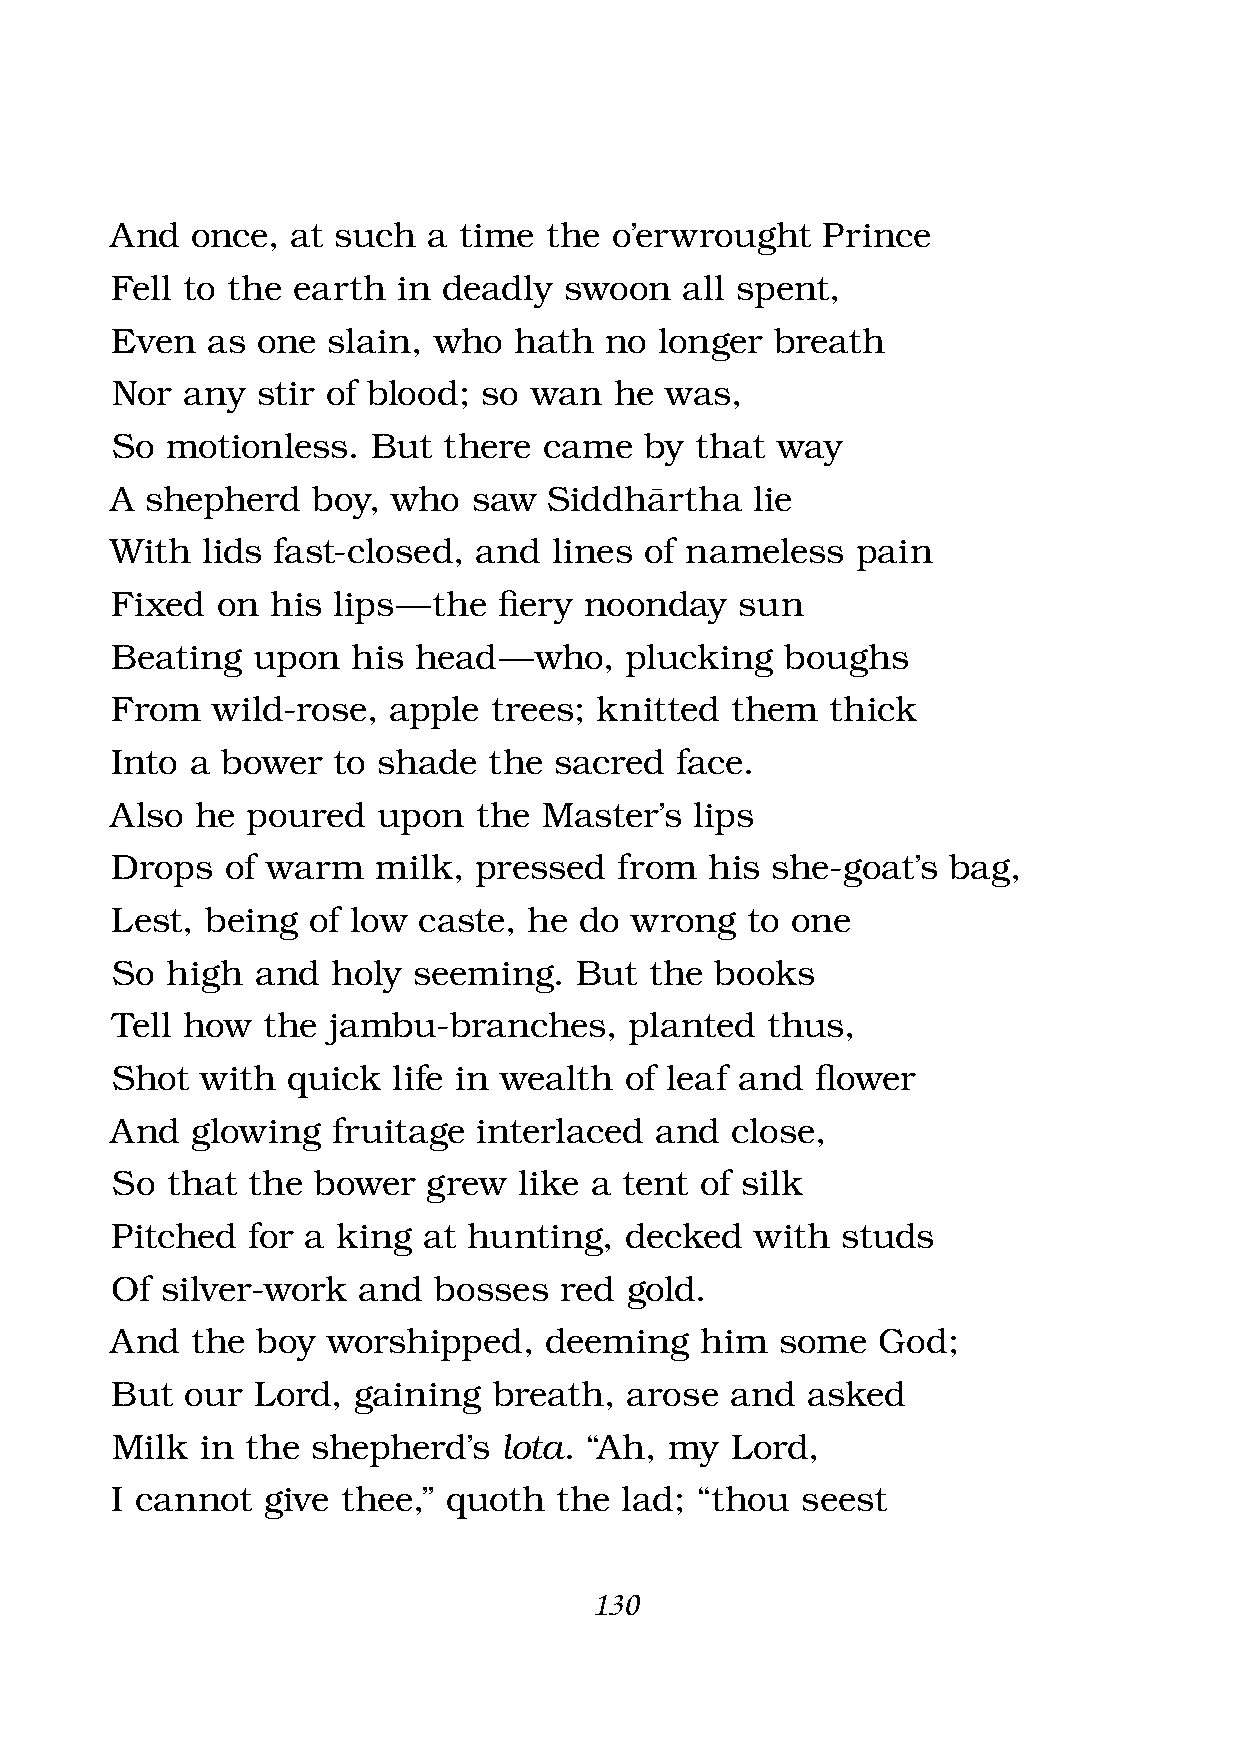
And   once, at such  a time  the o’erwrought   Prince
 Fell to the earth  in deadly  swoon   all spent,
 Even   as one  slain, who  hath  no  longer breath
 Nor  any  stir of blood; so wan   he was,
 So  motionless.   But there  came   by that way
 A  shepherd   boy, who  saw  Siddhàrtha    lie
 With  lids fast-closed, and   lines of nameless   pain
 Fixed  on  his lips — the fi ery noonday  sun
 Beating   upon  his head  — who,  plucking   boughs
 From   wild-rose,  apple trees;  knitted them   thick
 Into  a bower  to shade  the  sacred  face.
 Also  he poured   upon  the  Master’s  lips
 Drops   of warm   milk, pressed   from  his she-goat’s  bag,
 Lest,  being of low  caste, he do  wrong  to one
 So  high  and  holy seeming.   But  the books
 Tell how  the  jambu-branches,     planted  thus,
 Shot  with  quick  life in wealth of leaf and  fl ower
 And   glowing  fruitage  interlaced and  close,
 So  that the  bower  grew  like a tent of silk
 Pitched  for a king  at hunting,  decked   with  studs
 Of  silver-work  and  bosses  red gold.
 And   the boy  worshipped,   deeming   him   some  God;
 But  our  Lord, gaining   breath, arose  and  asked
 Milk  in the  shepherd’s  lota. “Ah, my  Lord,
 I cannot  give  thee,” quoth  the lad; “thou  seest
 130